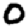
Digit: 0